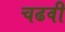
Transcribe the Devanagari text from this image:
चढवी